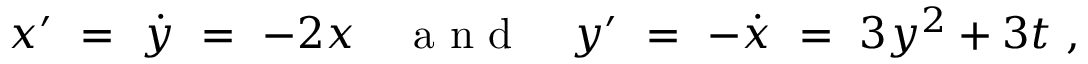
x ^ { \prime } \ = \ \dot { y } \ = \ - 2 x { ~ ~ ~ \mathrm { ~ a ~ n ~ d ~ } ~ ~ ~ } y ^ { \prime } \ = \ - \dot { x } \ = \ 3 y ^ { 2 } + 3 t ~ ,